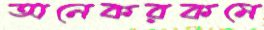
অনেকরকমে